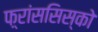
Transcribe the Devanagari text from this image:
फ़्रांससिस्को